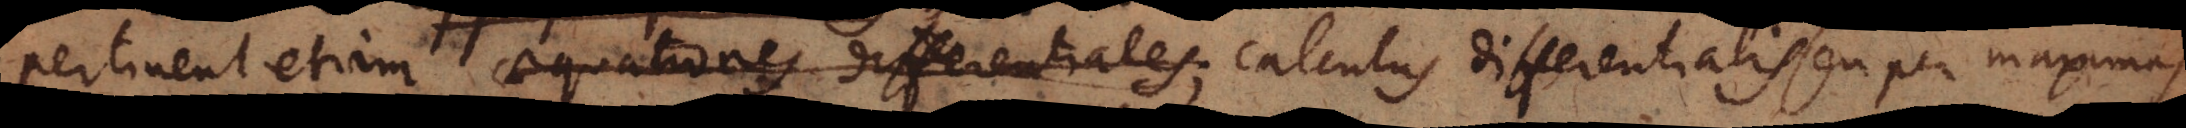
pertinent etiam aequationes differentiales; calculus differentialis seu per maximas